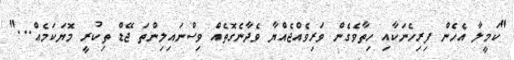
"ކަމީލާ އެހެން ފިރިހެނަކާއި ހިތާވެގެން ވަރިވެއްޖެއްޔާ ވެދާނެގޮތެއް ވިސްނައިލިންތަ ޖޭޑް ތިކުރީ މޮޔަކަމެއް..."